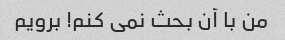
من با آن بحث نمی کنم! برویم